Source: Handwritten
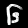
Digit: ၆ (6)